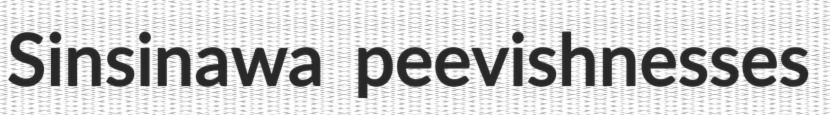
Sinsinawa peevishnesses